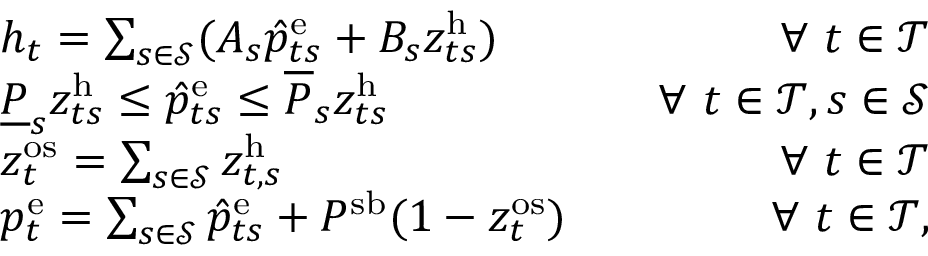
\begin{array} { r l r } & { h _ { t } = \sum _ { s \in \mathcal { S } } ( A _ { s } \hat { p } _ { t s } ^ { \mathrm { { e } } } + B _ { s } z _ { t s } ^ { \mathrm { h } } ) } & { \quad \forall ~ t \in \mathcal { T } } \\ & { \underline { { P } } _ { s } z _ { t s } ^ { \mathrm { { h } } } \leq \hat { p } _ { t s } ^ { \mathrm { e } } \leq \overline { { P } } _ { s } z _ { t s } ^ { \mathrm { { h } } } } & { \quad \forall ~ t \in \mathcal { T } , s \in \mathcal { S } } \\ & { z _ { t } ^ { \mathrm { o s } } = \sum _ { s \in \mathcal { S } } z _ { t , s } ^ { \mathrm { { h } } } } & { \quad \forall ~ t \in \mathcal { T } } \\ & { p _ { t } ^ { \mathrm { e } } = \sum _ { s \in \mathcal { S } } \hat { p } _ { t s } ^ { \mathrm { { e } } } + P ^ { \mathrm { s b } } ( 1 - z _ { t } ^ { \mathrm { { o s } } } ) } & { \forall ~ t \in \mathcal { T } , } \end{array}